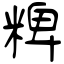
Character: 粺